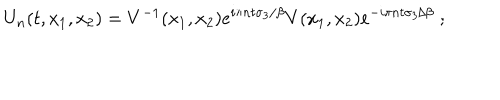
LaTeX: U _ { n } ( t , x _ { 1 } , x _ { 2 } ) = V ^ { - 1 } ( x _ { 1 } , x _ { 2 } ) e ^ { i \pi n t \sigma _ { 3 } / \beta } V ( x _ { 1 } , x _ { 2 } ) e ^ { - i \pi n t \sigma _ { 3 } / \beta } \; ;